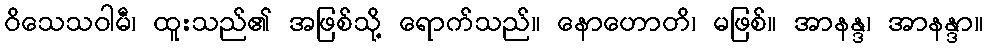
ဝိသေသဝါမီ၊ ထူးသည်၏ အဖြစ်သို့ ရောက်သည်။ နောဟောတိ၊ မဖြစ်။ အာနန္ဒ၊ အာနန္ဒာ။